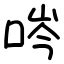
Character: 㖗